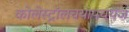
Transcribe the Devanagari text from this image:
कोलेस्ट्रॉलचयापचयज